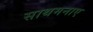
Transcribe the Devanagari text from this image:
साथमनाए